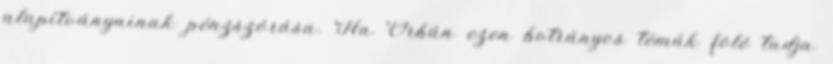
alapítványainak pénzszórása. Ha Orbán ezen botrányos témák fölé tudja